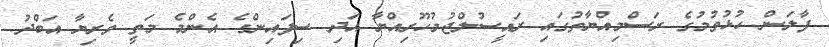
ފާލަން ހުޅުވުމުގެ ރަސްމިއްޔާތުގައި ރައީސުލްޖުމުހޫރިއްޔާ އަދި ސިފައިންގެ އެންމެ މަތީ ވެރިޔާ އަބްދު